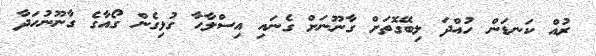
ރުއް ކަނޑަން ހުއްދަ ލިބޭގޮތަށް ގާނޫނަށް ގެނައި އިސްލާހާ ގުޅިގެން ގޯއާގެ ގާނޫނުހަދާ